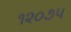
૧૨૦૭૫